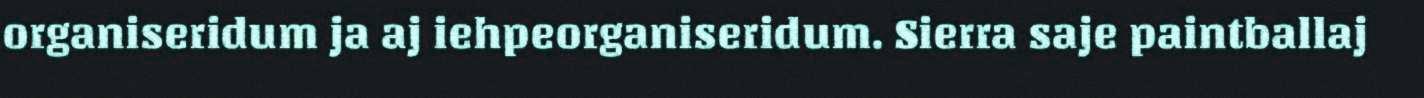
organiseridum ja aj iehpeorganiseridum. Sierra saje paintballaj